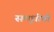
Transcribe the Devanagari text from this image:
समृधीची